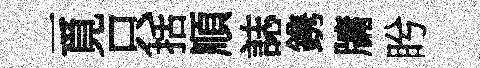
一覓只括順誌鎸牗盻